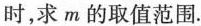
时，求m的取值范围.